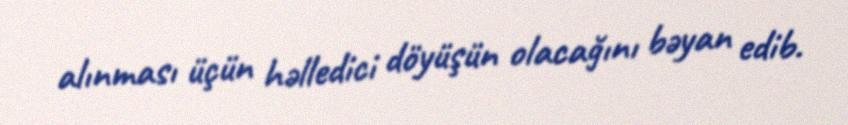
alınması üçün həlledici döyüşün olacağını bəyan edib.